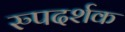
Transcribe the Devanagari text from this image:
रुपदर्शक